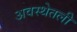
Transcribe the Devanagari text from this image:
अवस्थेतली